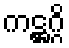
ကဋ္ဌဂ္ဂိ